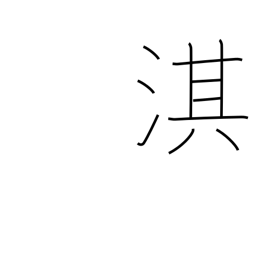
Meaning: name of a Chinese river